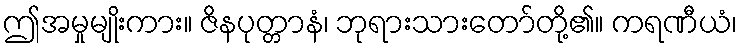
ဤအမှုမျိုးကား။ ဇိနပုတ္တာနံ၊ ဘုရားသားတော်တို့၏။ ကရဏီယံ၊